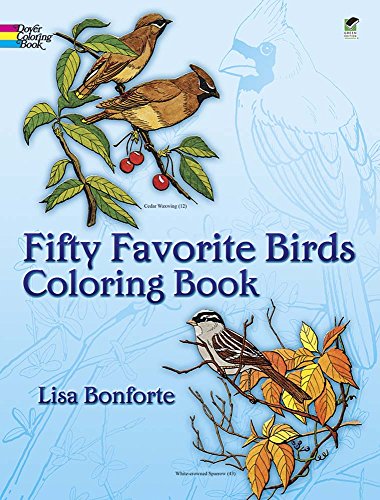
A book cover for Fifty Favorite Birds Coloring Book (Dover Nature Coloring Book); Lisa Bonforte; Crafts, Hobbies & Home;